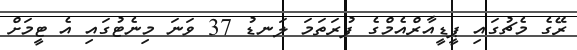
ރޭގެ މެޗުގައި ޕީޑީއާރްއެމްގެ ފުރަތަމަ ލަނޑު 37 ވަނަ މިނެޓުގައި އެ ޓީމަށް